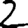
Digit: 2